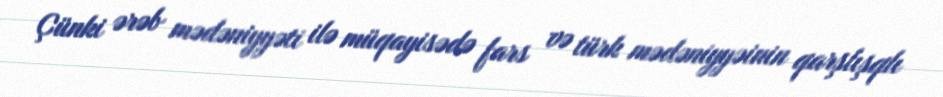
Çünki ərəb mədəniyyəti ilə müqayisədə fars və türk mədəniyyəinin qarşlışqlı